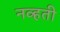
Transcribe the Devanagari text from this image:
नव्‍हती